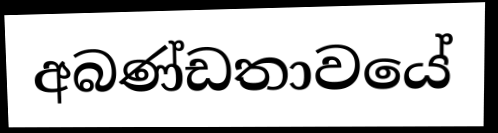
අබණ්ඩතාවයේ